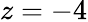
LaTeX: z=-4